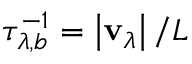
\tau _ { \lambda , b } ^ { - 1 } = \left| \mathbf { v } _ { \lambda } \right| / L